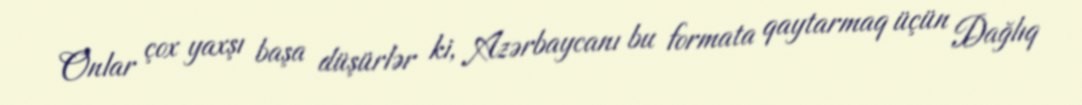
Onlar çox yaxşı başa düşürlər ki, Azərbaycanı bu formata qaytarmaq üçün Dağlıq